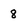
Character: 8